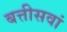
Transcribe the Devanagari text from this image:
बत्तीसवां